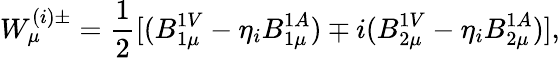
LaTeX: W_{\mu}^{(i)\pm}=\frac{1}{2}[(B_{1\mu}^{1V}-\eta_{i}B_{1\mu}^{1A})\mp i(B_{2\mu}^{1V}-\eta_{i}B_{2\mu}^{1A})],